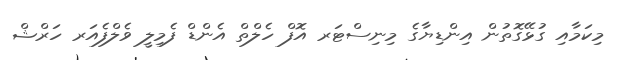
މިކަމާއި ގުޅޭގޮތުން އިންޑިޔާގެ މިނިސްޓަރ އޮފް ހެލްތް އެންޑް ފެމިލީ ވެލްފެއަރ ހަރްޝް